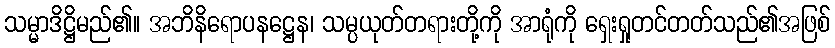
သမ္မာဒိဋ္ဌိမည်၏။ အဘိနိရောပနဋ္ဌေန၊ သမ္ပယုတ်တရားတို့ကို အာရုံကို ရှေးရှုတင်တတ်သည်၏အဖြစ်